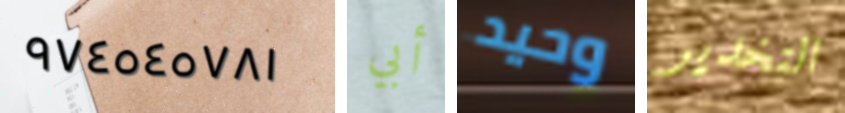
٩٧٤٥٤٥٧٨١ أبي وحيد التخدير